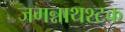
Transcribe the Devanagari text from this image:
जगन्नाथश्टक